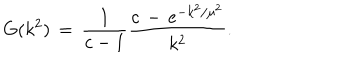
G ( k ^ { 2 } ) \, = \, \frac { 1 } { c - 1 } \frac { c \, - \, e ^ { - k ^ { 2 } / \mu ^ { 2 } } } { k ^ { 2 } } .